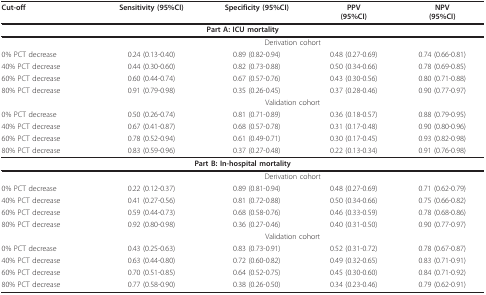
<table><thead><tr><td><b>Cut-off</b></td><td><b>Sensitivity (95%CI)</b></td><td><b>Specificity (95%CI)</b></td><td><b>PPV(95%CI)</b></td><td><b>NPV(95%CI)</b></td></tr></thead><tbody><tr><td colspan="5"><b>Part A: ICU mortality</b></td></tr><tr><td></td><td colspan="4">Derivation cohort</td></tr><tr><td>0% PCT decrease</td><td>0.24 (0.13-0.40)</td><td>0.89 (0.82-0.94)</td><td>0.48 (0.27-0.69)</td><td>0.74 (0.66-0.81)</td></tr><tr><td>40% PCT decrease</td><td>0.44 (0.30-0.60)</td><td>0.82 (0.73-0.88)</td><td>0.50 (0.34-0.66)</td><td>0.78 (0.69-0.85)</td></tr><tr><td>60% PCT decrease</td><td>0.60 (0.44-0.74)</td><td>0.67 (0.57-0.76)</td><td>0.43 (0.30-0.56)</td><td>0.80 (0.71-0.88)</td></tr><tr><td>80% PCT decrease</td><td>0.91 (0.79-0.98)</td><td>0.35 (0.26-0.45)</td><td>0.37 (0.28-0.46)</td><td>0.90 (0.77-0.97)</td></tr><tr><td></td><td colspan="4">Validation cohort</td></tr><tr><td>0% PCT decrease</td><td>0.50 (0.26-0.74)</td><td>0.81 (0.71-0.89)</td><td>0.36 (0.18-0.57)</td><td>0.88 (0.79-0.95)</td></tr><tr><td>40% PCT decrease</td><td>0.67 (0.41-0.87)</td><td>0.68 (0.57-0.78)</td><td>0.31 (0.17-0.48)</td><td>0.90 (0.80-0.96)</td></tr><tr><td>60% PCT decrease</td><td>0.78 (0.52-0.94)</td><td>0.61 (0.49-0.71)</td><td>0.30 (0.17-0.45)</td><td>0.93 (0.82-0.98)</td></tr><tr><td>80% PCT decrease</td><td>0.83 (0.59-0.96)</td><td>0.37 (0.27-0.48)</td><td>0.22 (0.13-0.34)</td><td>0.91 (0.76-0.98)</td></tr><tr><td colspan="5"><b>Part B: In-hospital mortality</b></td></tr><tr><td></td><td colspan="4">Derivation cohort</td></tr><tr><td>0% PCT decrease</td><td>0.22 (0.12-0.37)</td><td>0.89 (0.81-0.94)</td><td>0.48 (0.27-0.69)</td><td>0.71 (0.62-0.79)</td></tr><tr><td>40% PCT decrease</td><td>0.41 (0.27-0.56)</td><td>0.81 (0.72-0.88)</td><td>0.50 (0.34-0.66)</td><td>0.75 (0.66-0.82)</td></tr><tr><td>60% PCT decrease</td><td>0.59 (0.44-0.73)</td><td>0.68 (0.58-0.76)</td><td>0.46 (0.33-0.59)</td><td>0.78 (0.68-0.86)</td></tr><tr><td>80% PCT decrease</td><td>0.92 (0.80-0.98)</td><td>0.36 (0.27-0.46)</td><td>0.40 (0.31-0.50)</td><td>0.90 (0.77-0.97)</td></tr><tr><td></td><td colspan="4">Validation cohort</td></tr><tr><td>0% PCT decrease</td><td>0.43 (0.25-0.63)</td><td>0.83 (0.73-0.91)</td><td>0.52 (0.31-0.72)</td><td>0.78 (0.67-0.87)</td></tr><tr><td>40% PCT decrease</td><td>0.63 (0.44-0.80)</td><td>0.72 (0.60-0.82)</td><td>0.49 (0.32-0.65)</td><td>0.83 (0.71-0.91)</td></tr><tr><td>60% PCT decrease</td><td>0.70 (0.51-0.85)</td><td>0.64 (0.52-0.75)</td><td>0.45 (0.30-0.60)</td><td>0.84 (0.71-0.92)</td></tr><tr><td>80% PCT decrease</td><td>0.77 (0.58-0.90)</td><td>0.38 (0.26-0.50)</td><td>0.34 (0.23-0.46)</td><td>0.79 (0.62-0.91)</td></tr></tbody></table>